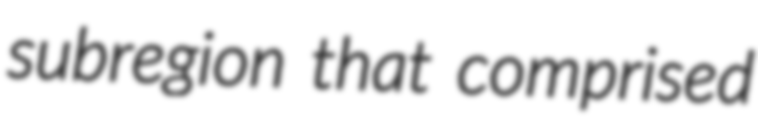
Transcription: subregion that comprised